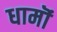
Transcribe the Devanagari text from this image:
धामॊं